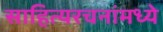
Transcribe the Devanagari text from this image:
साहित्यरचनांमध्ये